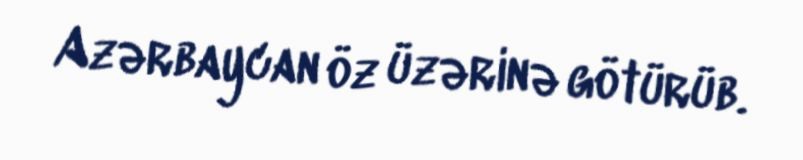
Azərbaycan öz üzərinə götürüb.